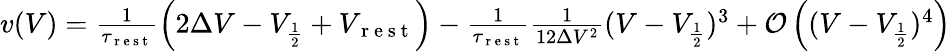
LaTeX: \begin{array}{r}{v(V)=\frac{1}{\tau_{\mathrm{~r~e~s~t~}}}\left(2\Delta V-V_{\frac{1}{2}}+V_{\mathrm{~r~e~s~t~}}\right)-\frac{1}{\tau_{\mathrm{~r~e~s~t~}}}\frac{1}{12\Delta V^{2}}(V-V_{\frac{1}{2}})^{3}+\mathcal{O}\left((V-V_{\frac{1}{2}})^{4}\right)}\end{array}